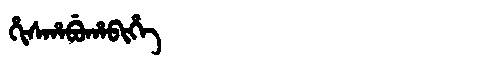
Manchu: ᡥᡳᠰᡥᠠᠪᡠᡥᠠᠪᡳᡥᡝ
Romanization: HISHABUHABIHE